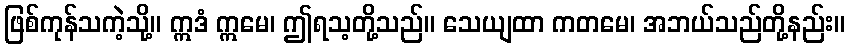
ဖြစ်ကုန်သကဲ့သို့။ ဣဒံ ဣမေ၊ ဤရသ့တို့သည်။ သေယျထာ ကတမေ၊ အဘယ်သည်တို့နည်း။